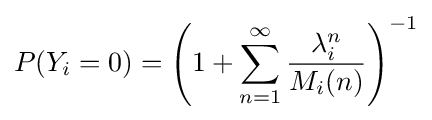
P(Y_{i}=0)=\left(1+\sum _{n=1}^{\infty }{\frac {\lambda _{i}^{n}}{M_{i}(n)}}\right)^{-1}